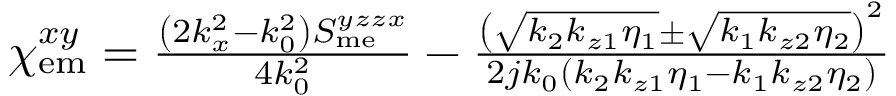
\begin{array} { r } { \chi _ { \mathrm { e m } } ^ { x y } = \frac { \left( 2 k _ { x } ^ { 2 } - k _ { 0 } ^ { 2 } \right) S _ { \mathrm { m e } } ^ { y z z x } } { 4 k _ { 0 } ^ { 2 } } - \frac { \left( \sqrt { k _ { 2 } k _ { z 1 } \eta _ { 1 } } \pm \sqrt { k _ { 1 } k _ { z 2 } \eta _ { 2 } } \right) ^ { 2 } } { 2 j k _ { 0 } \left( k _ { 2 } k _ { z 1 } \eta _ { 1 } - k _ { 1 } k _ { z 2 } \eta _ { 2 } \right) } } \end{array}